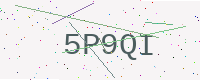
Text: 5P9QI